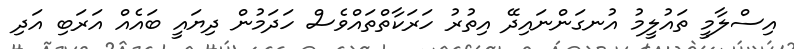
އިސްލާމީ ތައުލީމު އުނގަންނައިދޭ އިތުރު ހަރަކާތްތައްވެސް ހަދަމުން ދިޔައީ ބައެއް އަރަބި އަދި